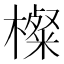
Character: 𱤝